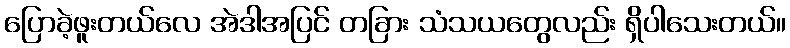
ပြောခဲ့ဖူးတယ်လေ အဲဒါအပြင် တခြား သံသယတွေလည်း ရှိပါသေးတယ်။